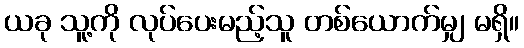
ယခု သူ့ကို လုပ်ပေးမည့်သူ တစ်ယောက်မျှ မရှိ။